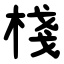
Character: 棧